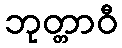
ဘုတ္တာဝီ